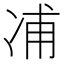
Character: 𠗒